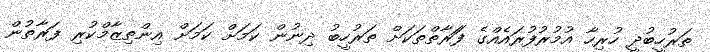
ތަރުހީބުދީ ހުރިހާ އުމުުރުފުރައެއްގެ ފަަރާތްތަކަށް ތަރުހީބު ދިނުން ކަމަށް ކަމަށް އިންތިޒާމްކުރި ފަރާތުން